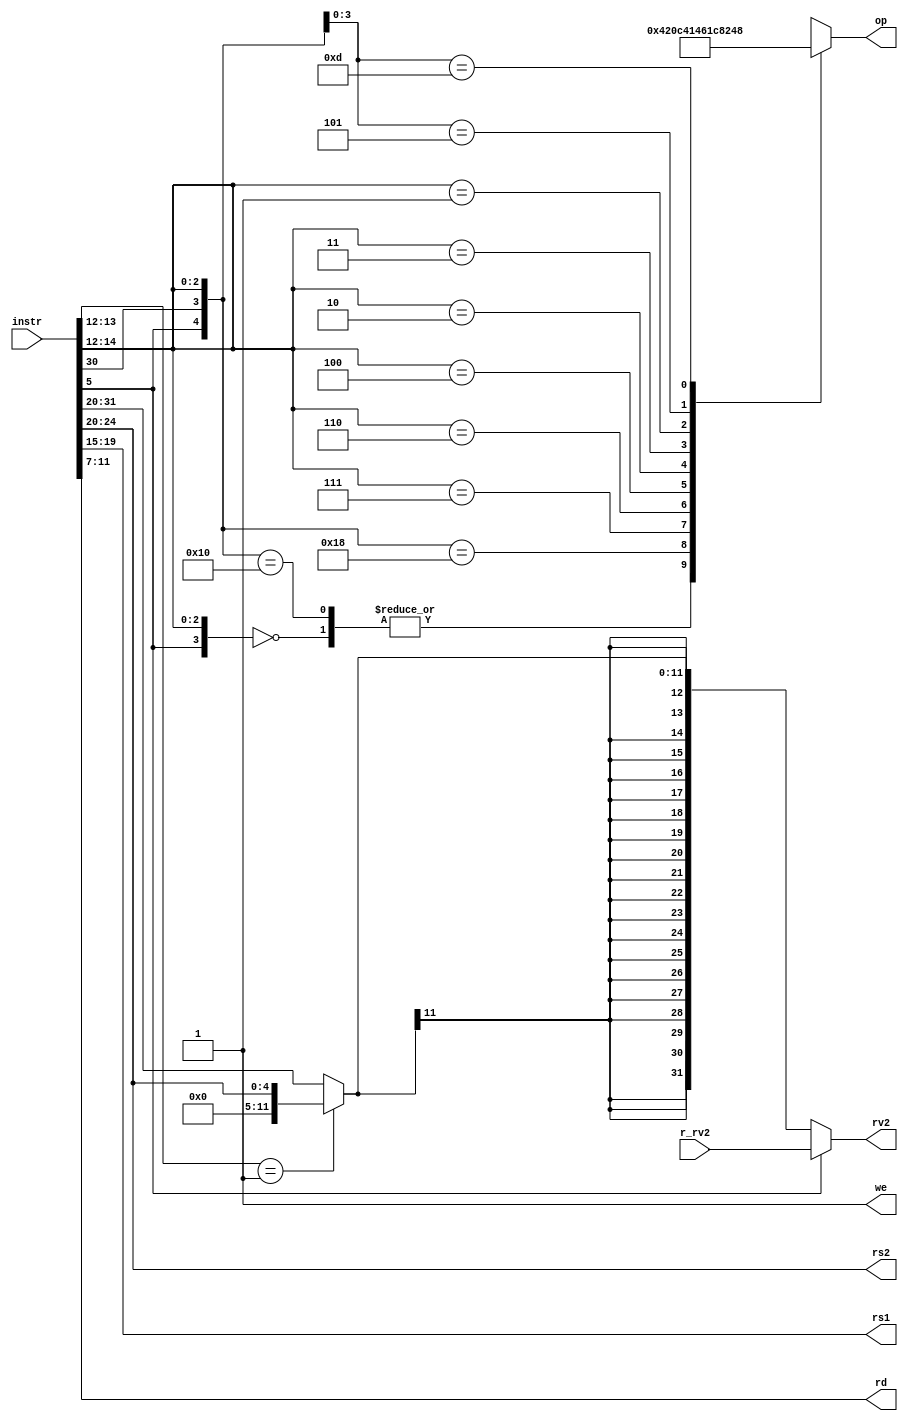
module dummydecoder(
    input [31:0] instr,  // Full 32-b instruction
    input  [31:0] r_rv2, // From RegFile
    output [5:0] op,     // some operation encoding of your choice
    output [4:0] rs1,    // First operand
    output [4:0] rs2,    // Second operand
    output [4:0] rd,     // Output reg
    output [31:0] rv2,   // To ALU
    output we            // Write to reg
);
    wire [2:0] func3;
    wire imm_sel;
    wire [11:0] immediate;
    wire [4:0] shamt;
    reg [5:0] opcode;

    assign func3 = instr[14:12];    //sub func code
    assign imm_sel = instr[5];      //flag for immediate ops
    assign shamt = instr[24:20];    //shift amount
    assign op = opcode;

    assign we = 1;      // For only ALU ops, can always set to 1
    // assign we = ({instr[6],instr[4:0]} === 19);  //For checking if arbitrary 7 bit opcode in instr is fine
    
    assign rd = instr[11:7];    //destination register
    assign rs1 = instr[19:15];  //source register 1
    assign rs2 = instr[24:20];  //source register 2

    //check for shift op and then assign immediate value
    assign immediate = (func3[1:0] == 2'b01) ? {{7{1'b0}},shamt} : instr[31:20];

    assign rv2 = imm_sel ? r_rv2 : {{20{immediate[11]}},immediate};
    
    always @(*) begin    // opcode generation
        casez ({imm_sel,instr[30],func3})
            5'b0?000 : opcode = 1;      //ADD
            5'b10000 : opcode = 1;      //ADD
            5'b11000 : opcode = 2;      //SUB
            5'b??111 : opcode = 3;      //AND
            5'b??110 : opcode = 4;      //OR
            5'b??100 : opcode = 5;      //XOR
            5'b??010 : opcode = 6;      //SLT
            5'b??011 : opcode = 7;      //SLTU
            5'b??001 : opcode = 8;      //SLL
            5'b?0101 : opcode = 9;      //SRL
            5'b?1101 : opcode = 10;     //SRA
            default  : opcode = 0;      //undefined
        endcase
    end


endmodule